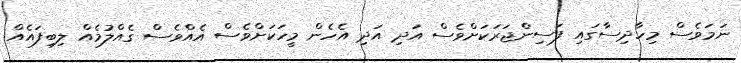
ނަމަވެސް މިހާދިސާގައި ފަސިންޖަރަކަށްވެސް އަދި އަދި އެހެން މީހަކަށްވެސް އެއްވެސް ގެއްލުމެއް ލިބިފައެއް